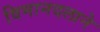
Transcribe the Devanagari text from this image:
विमानदलाने